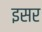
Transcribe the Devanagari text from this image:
इसर